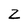
Character: Z